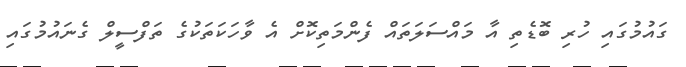
ގައުމުގައި ހުރި ބޮޑެތި އާ މައްސަލަތައް ފެންމަތިކޮށް އެ ވާހަކަތަކުގެ ތަފްސީލް ގެނައުމުގައި